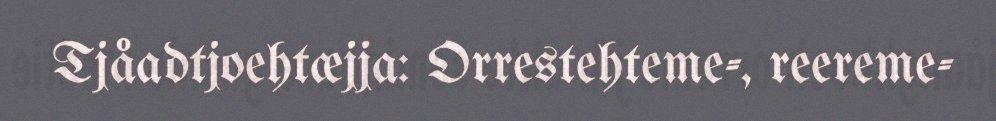
Tjåadtjoehtæjja: Orrestehteme-, reereme-